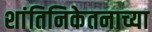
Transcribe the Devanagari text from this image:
शांतिनिकेतनाच्या